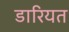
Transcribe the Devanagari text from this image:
डारियत